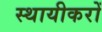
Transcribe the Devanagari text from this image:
स्थायीकरों